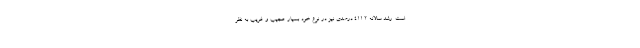
است. رشد سالانه 411.2 درصدی نیز در نوع خود بسیار عجیب و غریب به نظر